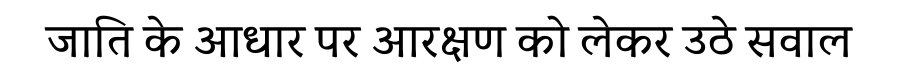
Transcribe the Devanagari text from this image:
जाति के आधार पर आरक्षण को लेकर उठे सवाल